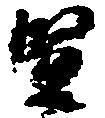
賢